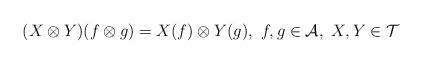
LaTeX: \begin{align*}(X\otimes Y)(f\otimes g)=X(f)\otimes Y(g) ,~ f,g \in {\mathcal{A}},~ X,Y \in \mathcal{T}\end{align*}